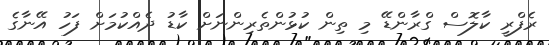
ރެފްރީ ކާލޮސް ގްރާންޑޭ މި ތިން ކުޅުންތެރިންނަށް ކާޑު ދެއްކުމަށް ފަހު އޭނާގެ